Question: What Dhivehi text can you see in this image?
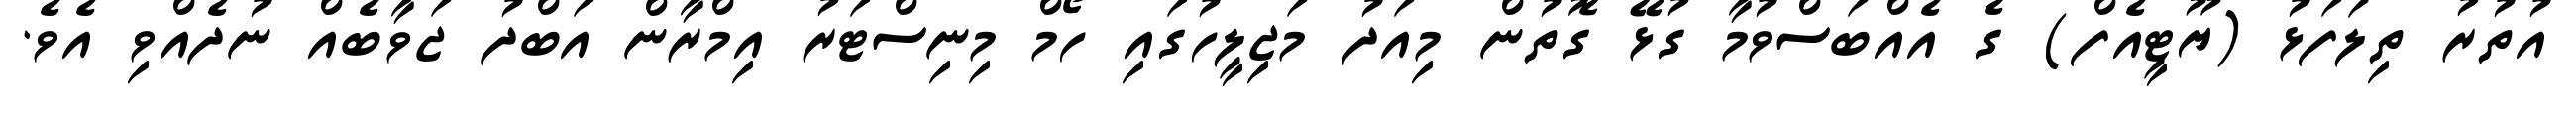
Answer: އުތުރު ތިލަފަޅު (ޔޫޓީއެފް) ގެ އެއްބަސްވުމާ ގުޅޭ ގޮތުން މިއަދު މަޖިލީހުގައި ހޯމް މިނިސްޓަރު އިމްރާން އަބްދު ޖަވާބެއް ނުދެއްވި އެވެ.